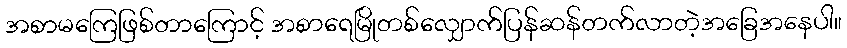
အစာမကြေဖြစ်တာကြောင့် အစာရေမြိုတစ်လျှောက်ပြန်ဆန်တက်လာတဲ့အခြေအနေပါ။